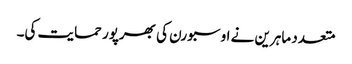
متعدد ماہرین نے اوسبورن کی بھرپور حمایت کی۔